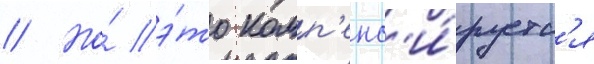
// Но́ э́то комп'енс'и́руетс'я